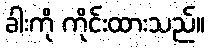
ခါးကို ကိုင်းထားသည်။